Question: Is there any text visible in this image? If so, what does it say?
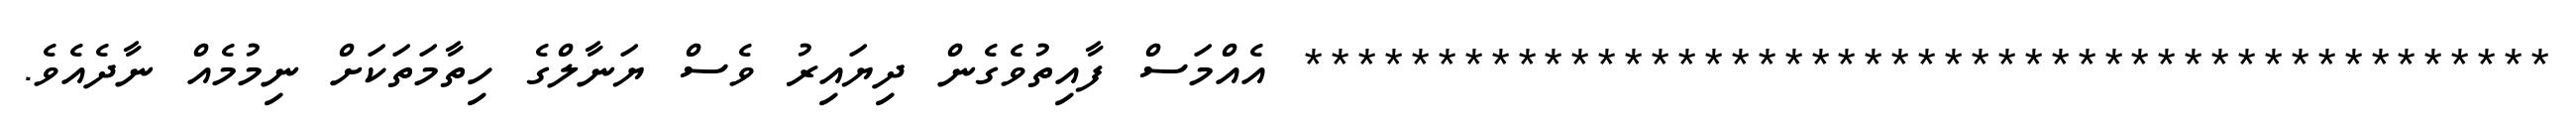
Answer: *********************************************** އެއްމަސް ފާއިތުވެގެން ދިޔައިރު ވެސް ޔަނާލްގެ ހިތާމަތަކަށް ނިމުމެއް ނާދެއެވެ.